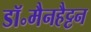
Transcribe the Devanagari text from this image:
डॉ॰मैनहैट्टन